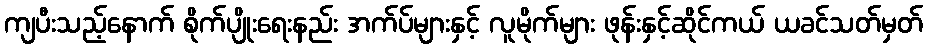
ကျပီးသည့်နောက် စိုက်ပျိုးရေးနည်း အက်ပ်များနှင့် လူမိုက်များ ဖုန်းနှင့်ဆိုင်ကယ် ယခင်သတ်မှတ်